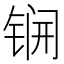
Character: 锎